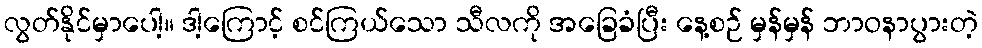
လွတ်နိုင်မှာပေါ့။ ဒါ့ကြောင့် စင်ကြယ်သော သီလကို အခြေခံပြီး နေ့စဉ် မှန်မှန် ဘာဝနာပွားတဲ့